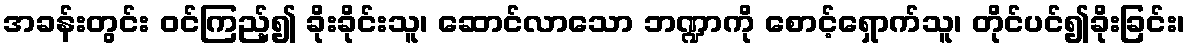
အခန်းတွင်း ဝင်ကြည့်၍ ခိုးခိုင်းသူ၊ ဆောင်လာသော ဘဏ္ဍာကို စောင့်ရှောက်သူ၊ တိုင်ပင်၍ခိုးခြင်း၊